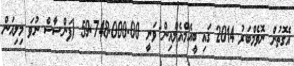
އެގޮތުން ނޮވެމްބަރު 2014 ގައި ބީއެމްއެލްއިން ވަނީ 59